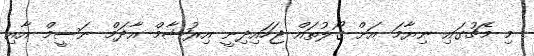
މި މެޗުގައި ނިޔާމަ އަށް ގޯލުތައް ޖަހައިދިނީ އިރުޝާމް އާދަމް ނަސީމް އާއި